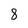
Character: 8